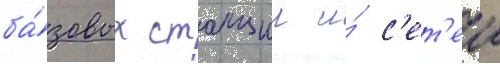
ба́зовых станции и́ с'ет'еи